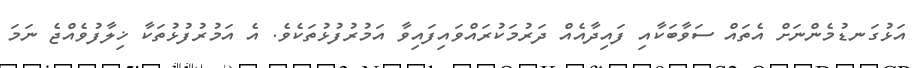
އަޅުގަނޑުމެންނަށް އެތައް ސަވާބަކާއި ފައިދާއެއް ދަރުމަކުރައްވައިފައިވާ އަމުރުފުޅުތަކެވެ. އެ އަމުރުފުޅުތަކާ ޚިލާފުވެއްޖެ ނަމަ